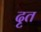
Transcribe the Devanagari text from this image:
दृत